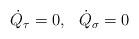
LaTeX: \begin{align*}\begin{array}{cc}\dot Q_\tau =0, & \dot Q_\sigma =0\end{array}\end{align*}